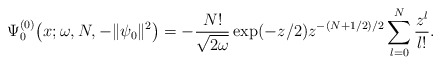
\begin{align*} \Psi _{0}^{(0) }\big(x;\omega ,N,- \Vert \psi _{0} \Vert ^{2}\big)=-\frac{N!}{\sqrt{2\omega }}\exp ( -z/2 ) z^{-(N+1/2)/2}\sum_{l=0}^{N}\frac{z^{l}}{l!}. \end{align*}